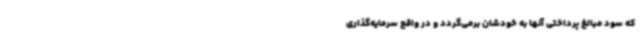
که سود مبالغ پرداختی آنها به خودشان برمی‌گردد و در واقع سرمایه‌گذاری